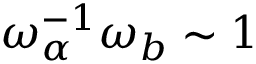
\omega _ { \alpha } ^ { - 1 } \omega _ { b } \sim 1